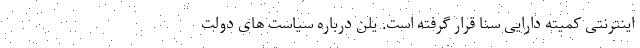
اینترنتی کمیته دارایی سنا قرار گرفته است. یلن درباره سیاست های دولت